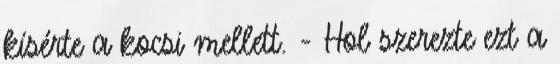
kísérte a kocsi mellett. - Hol szerezte ezt a